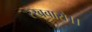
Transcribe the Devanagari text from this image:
रखवारो।।